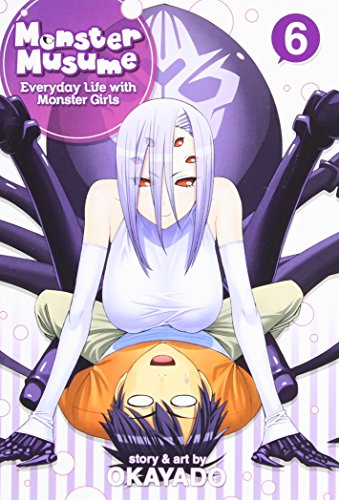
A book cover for Monster Musume Vol. 6; OKAYADO; Comics & Graphic Novels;